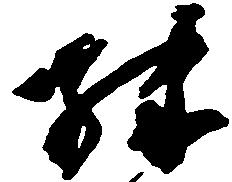
殊